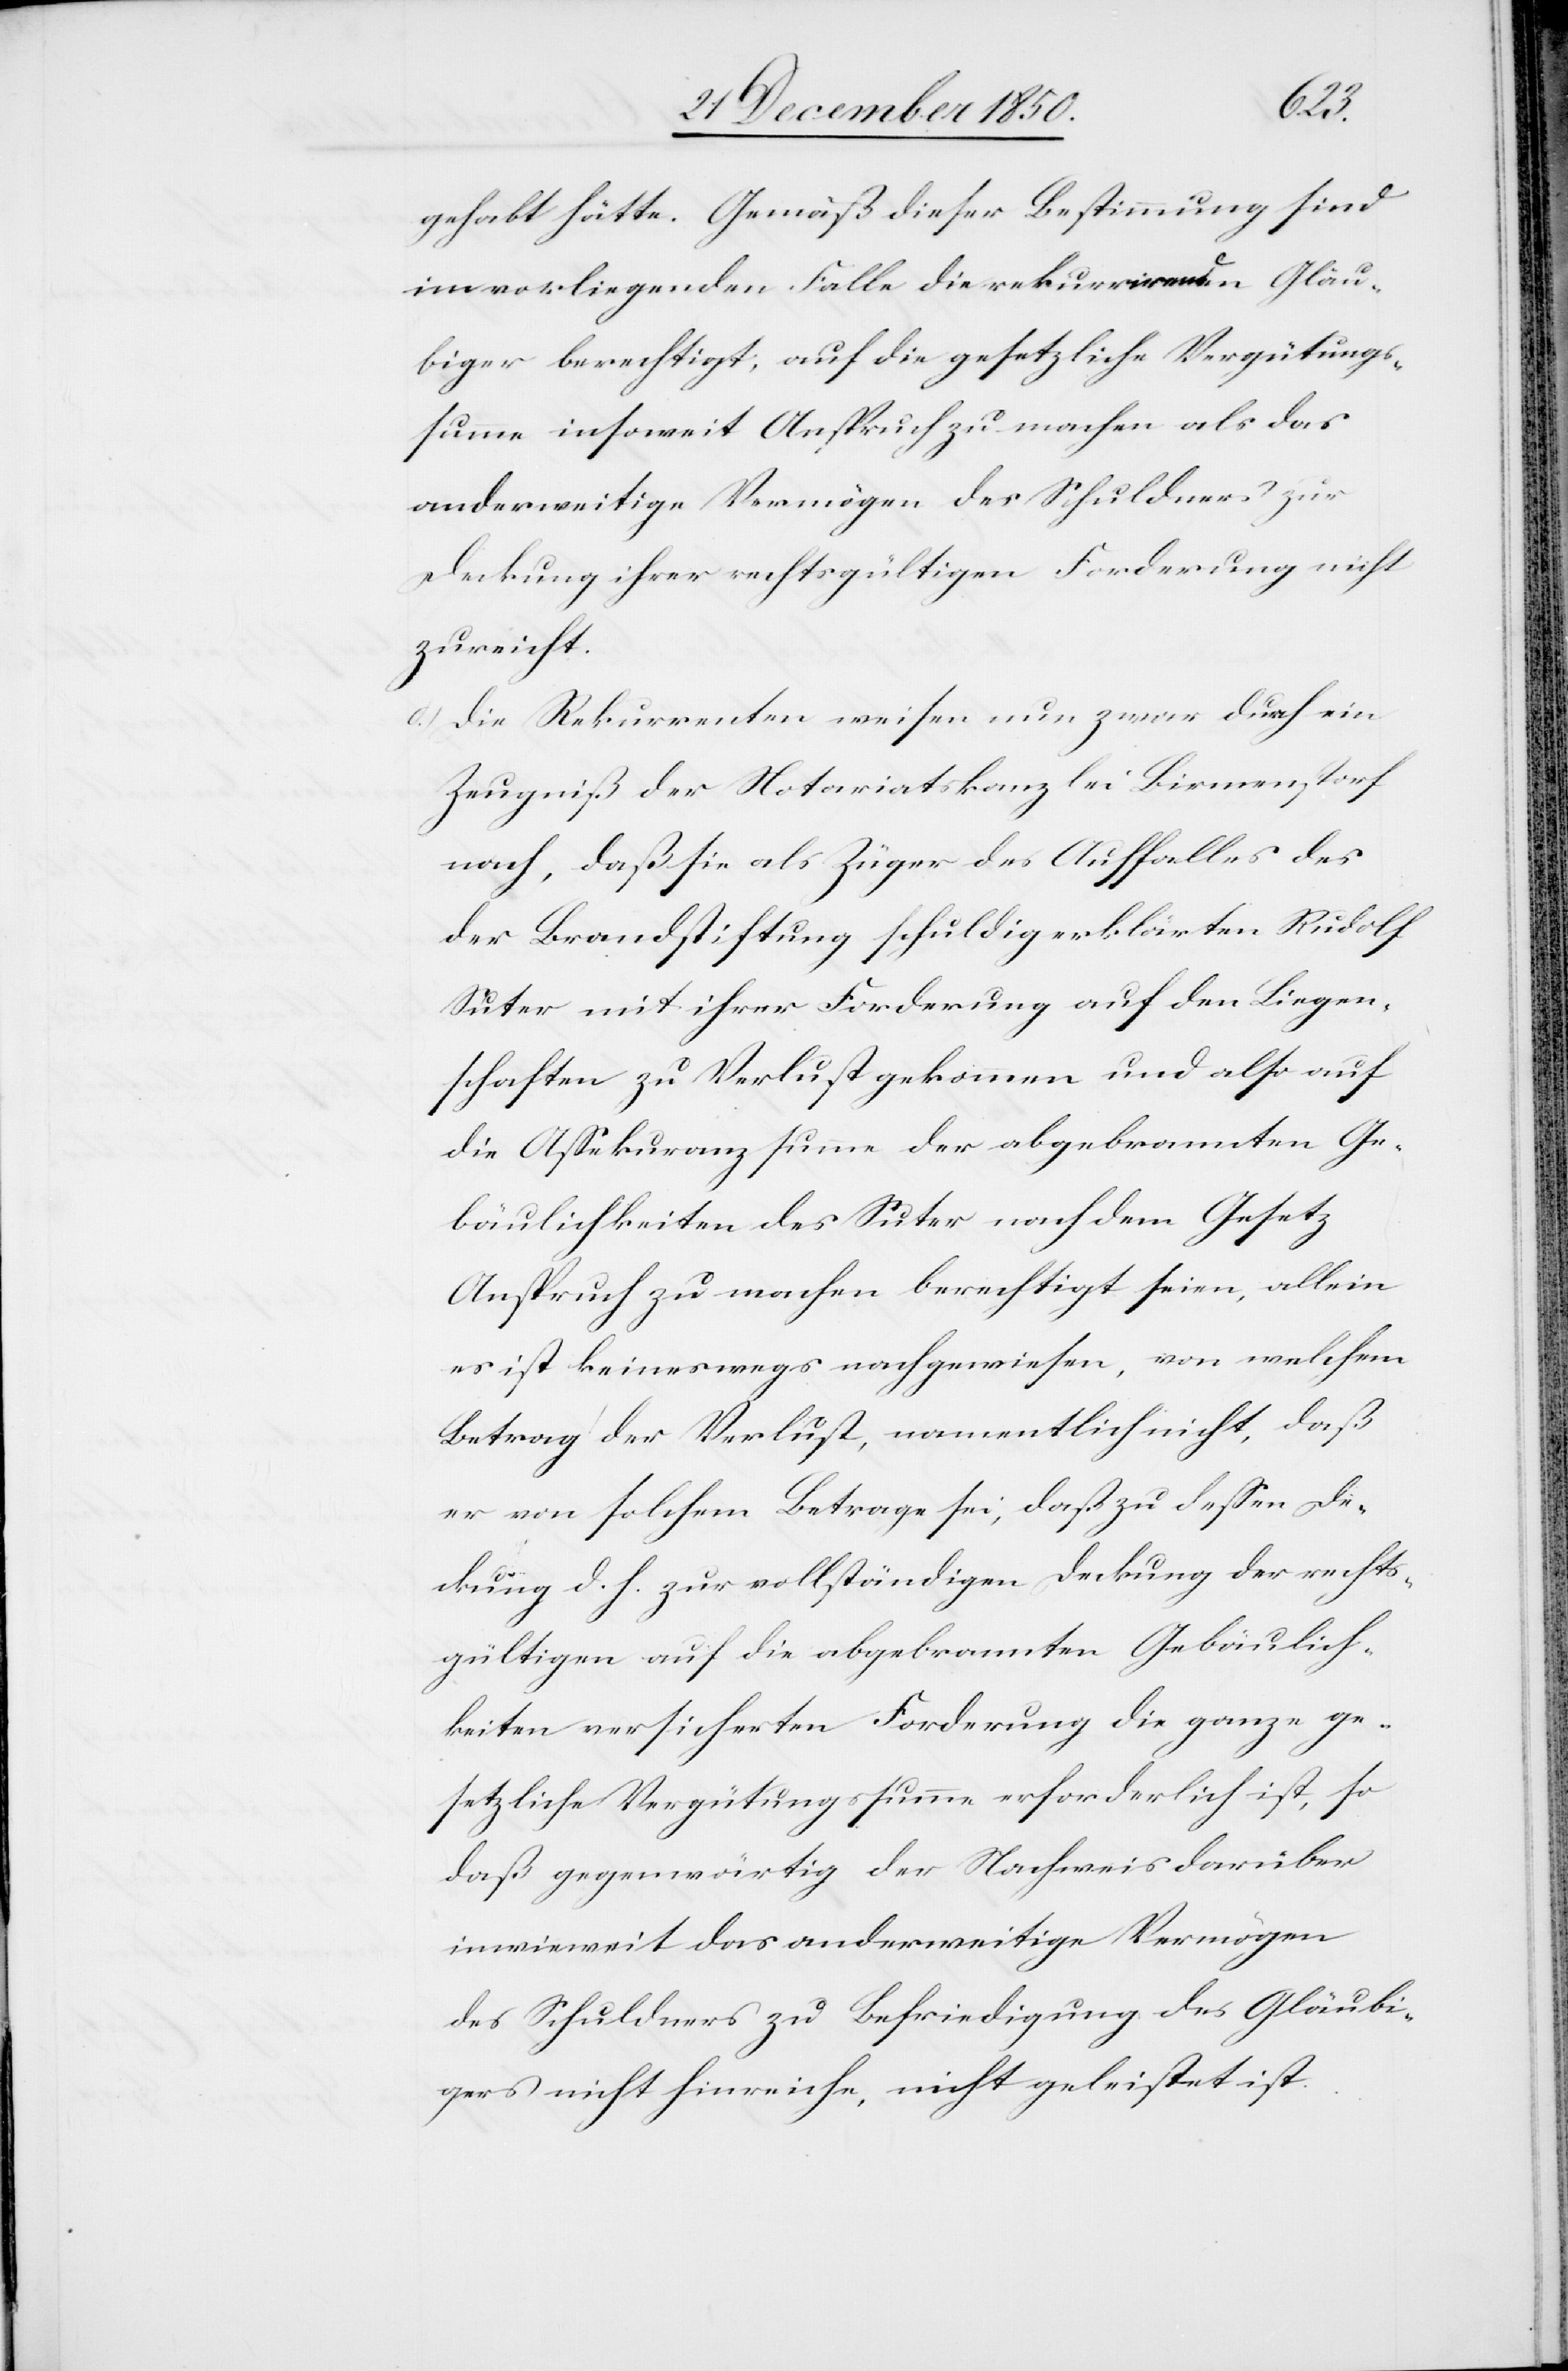
gehabt hätte. Gemäß dieser Bestimmung sind
im vorliegenden Falle die rekurrirenden Gläu¬
biger berechtigt, auf die gesetzliche Vergütungs¬
summe insoweit Anspruch zu machen als das
anderweitige Vermögen des Schuldners zur
Deckung ihrer rechtsgültigen Forderung nicht
zureicht.
d.) Die Rekurrenten weisen nun zwar durch ein
Zeugniß der Notariatskanzlei Birmenstorf
nach, daß sie als Züger des Auffalles des
der Brandstiftung schuldig erklärten Rudolf
Suter mit ihrer Forderung auf den Liegen¬
schaften zu Verlust gekommen und also auf
die Assekuranzsumme der abgebrannten Ge¬
bäulichkeiten des Suter nach dem Gesetz
Anspruch zu machen berechtigt seien, allein
es ist keineswegs nachgewiesen, von welchem
Betrag der Verlust, namentlich nicht, daß
er von solchem Betrage sei, daß zu dessen De¬
ckung d. h. zur vollständigen Deckung der rechts¬
gültigen auf die abgebrannten Gebäulich¬
keiten versicherten Forderung die ganze ge¬
setzliche Vergütungssumme erforderlich ist, so
daß gegenwärtig der Nachweis darüber
inwieweit das anderweitige Vermögen
des Schuldners zu Befriedigung des Gläubi¬
gers nicht hinreiche, nicht geleistet ist.